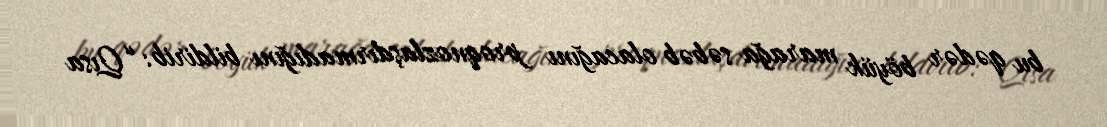
bu qədər böyük marağa səbəb olacağını proqnozlaşdırmadığını bildirib: “Qısa